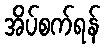
အိပ်စက်ရန်